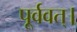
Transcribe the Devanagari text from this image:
पूर्ववत्।